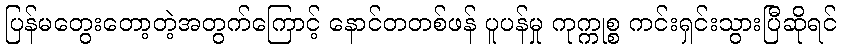
ပြန်မတွေးတော့တဲ့အတွက်ကြောင့် နောင်တတစ်ဖန် ပူပန်မှု ကုက္ကုစ္စ ကင်းရှင်းသွားပြီဆိုရင်